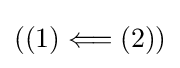
((1)\Longleftarrow (2))